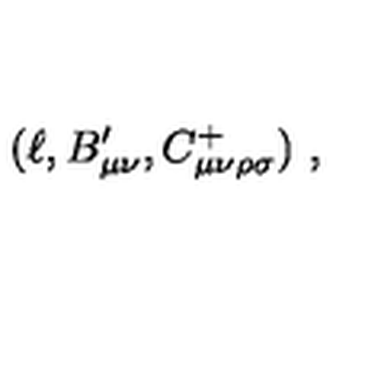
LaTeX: ( \ell , B _ { \mu \nu } ^ { \prime } , C _ { \mu \nu \rho \sigma } ^ { + } ) \ ,